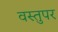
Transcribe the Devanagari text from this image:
वस्तुपर